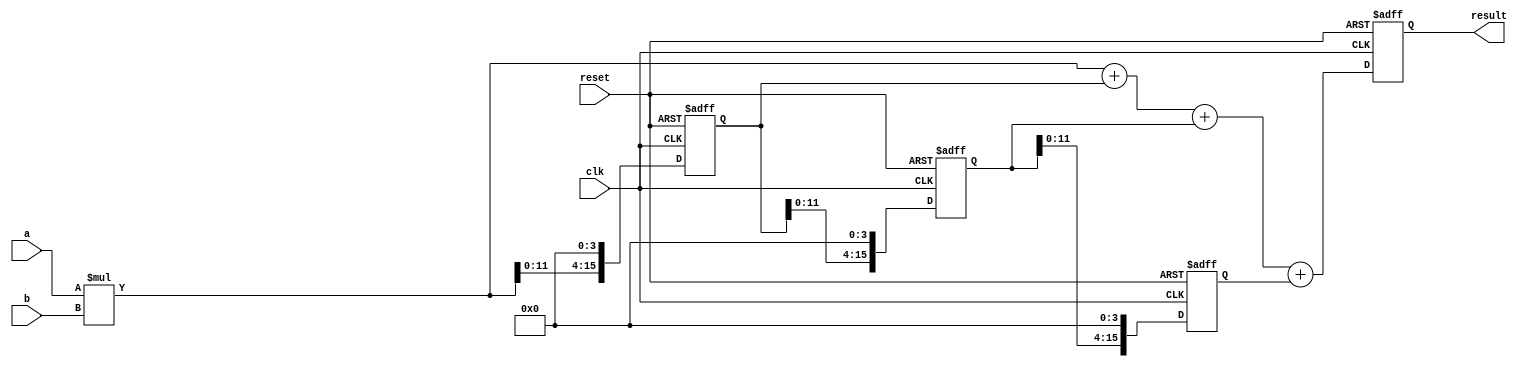
module radix4_multiplier(
    input wire clk,
    input wire reset,
    input wire [7:0] a,
    input wire [7:0] b,
    output reg [15:0] result
);

reg [15:0] partial_product_0;
reg [15:0] partial_product_1;
reg [15:0] partial_product_2;
reg [15:0] partial_product_3;

wire [15:0] add_result_0;
wire [15:0] add_result_1;
wire [15:0] add_result_2;

// Stage 1: Parallel Multiplication
assign partial_product_0 = a * b;

// Stage 2: Serial Multiplication
always @(posedge clk or posedge reset) begin
    if (reset) begin
        partial_product_1 <= 16'b0;
    end else begin
        partial_product_1 <= partial_product_0 << 4;
    end
end

// Stage 3: Adder 1
assign add_result_0 = partial_product_0 + partial_product_1;

// Stage 4: Serial Multiplication
always @(posedge clk or posedge reset) begin
    if (reset) begin
        partial_product_2 <= 16'b0;
    end else begin
        partial_product_2 <= partial_product_1 << 4;
    end
end

// Stage 5: Adder 2
assign add_result_1 = add_result_0 + partial_product_2;

// Stage 6: Serial Multiplication
always @(posedge clk or posedge reset) begin
    if (reset) begin
        partial_product_3 <= 16'b0;
    end else begin
        partial_product_3 <= partial_product_2 << 4;
    end
end

// Stage 7: Adder 3
assign add_result_2 = add_result_1 + partial_product_3;

// Final Result
always @(posedge clk or posedge reset) begin
    if (reset) begin
        result <= 16'b0;
    end else begin
        result <= add_result_2;
    end
end

endmodule